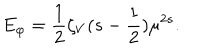
E _ { \varphi } = \frac 1 2 \zeta _ { V } ( s - \frac 1 2 ) \mu ^ { 2 s } .